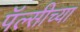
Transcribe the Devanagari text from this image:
पॅल्सीच्या